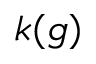
k ( g )